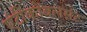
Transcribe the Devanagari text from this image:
एंटीकोंवलसंट